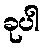
ခုပါ